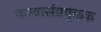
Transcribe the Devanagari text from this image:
कन्यासंप्रयु्क्तक